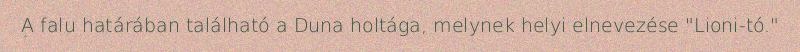
A falu határában található a Duna holtága, melynek helyi elnevezése "Lioni-tó."